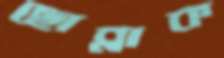
ছোব্‌লাক